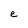
Character: e